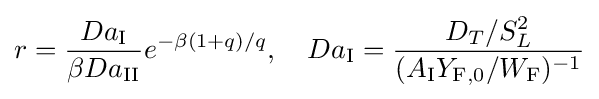
r={\frac {Da_{\mathrm {I} }}{\beta Da_{\mathrm {II} }}}e^{-\beta (1+q)/q},\quad Da_{\mathrm {I} }={\frac {D_{T}/S_{L}^{2}}{(A_{\mathrm {I} }Y_{\mathrm {F} ,0}/W_{\mathrm {F} })^{-1}}}